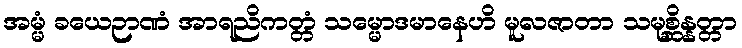
အမ္မံ ခယေဉာဏံ အာရညိကတ္တံ သမ္မောဒမာနေဟိ မူလဇာတာ သမုစ္ဆိန္နတ္တာ